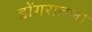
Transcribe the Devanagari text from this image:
डोंगरातली